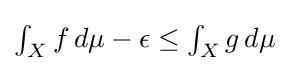
\textstyle \int _{X}{f\,d\mu }-\epsilon \leq \int _{X}{g\,d\mu }